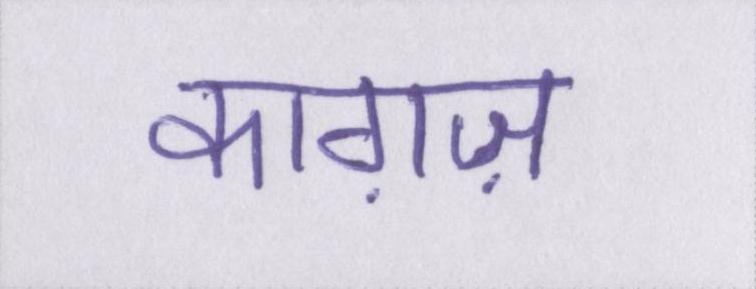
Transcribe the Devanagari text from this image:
काग़ज़